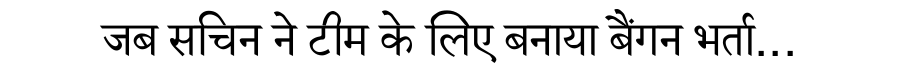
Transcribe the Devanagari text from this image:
जब सचिन ने टीम के लिए बनाया बैंगन भर्ता...